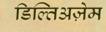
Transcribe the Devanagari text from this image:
डिल्तिअज़ेम